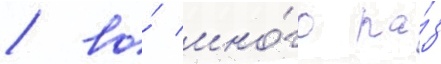
/ во́ мно́го ра́з